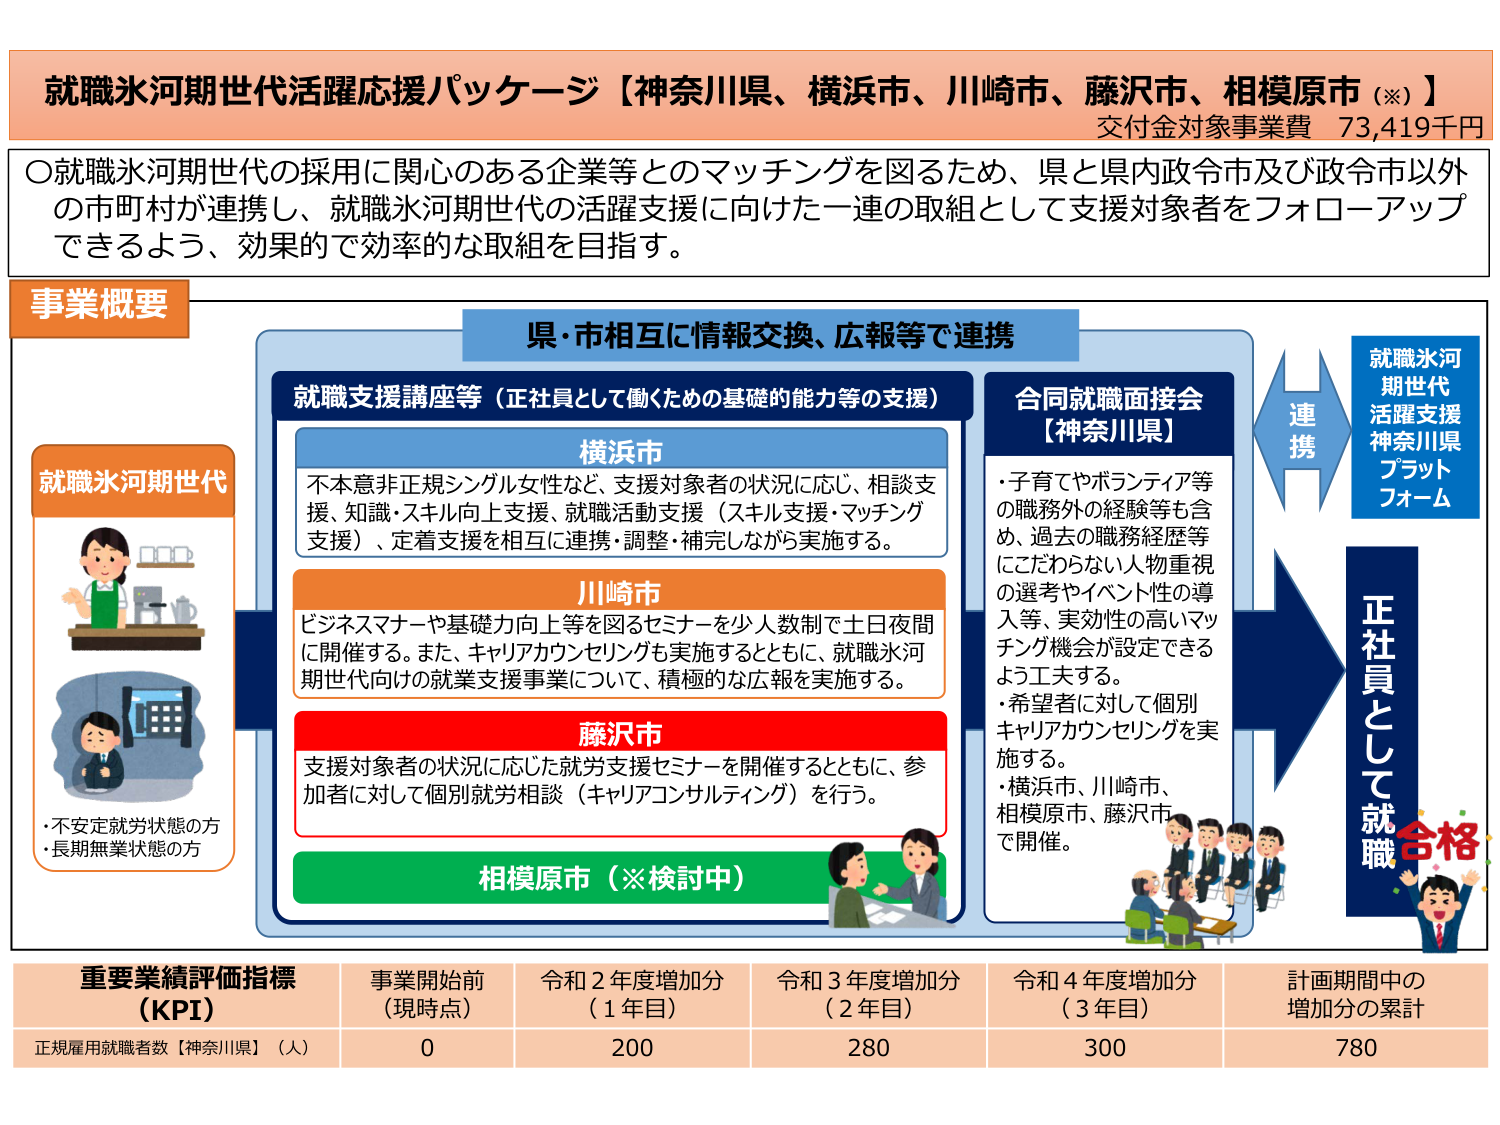
就職氷河期世代活躍応援パッケージ【神奈川県、横浜市、川崎市、藤沢市、相模原市（※）】
交付金対象事業費 73,419千円

〇就職氷河期世代の採用に関心のある企業等とのマッチングを図るため、県と県内政令市及び政令市以外の市町村が連携し、就職氷河期世代の活躍支援に向けた一連の取組として支援対象者をフォローアップできるよう、効果的で効率的な取組を目指す。

事業概要

県・市相互に情報交換、広報等で連携

就職支援講座等（正社員として働くための基礎的能力等の支援）

横浜市
不本意非正規シングル女性など、支援対象者の状況に応じ、相談支援、知識・スキル向上支援、就職活動支援（スキル支援・マッチング支援）、定着支援を相互に連携・調整・補完しながら実施する。

川崎市
ビジネスマナーや基礎力向上等を図るセミナーを少人数制で土日夜間に開催する。また、キャリアカウンセリングも実施するとともに、就職氷河期世代向けの就業支援事業について、積極的な広報を実施する。

藤沢市
支援対象者の状況に応じた就労支援セミナーを開催するとともに、参加者に対して個別就労相談（キャリアコンサルティング）を行う。

相模原市（※検討中）

合同就職面接会【神奈川県】
・子育てやボランティア等の職務外の経験等も含め、過去の職務経歴等にこだわらない人物重視の選考やイベント性の導入等、実効性の高いマッチング機会が設定できるよう工夫する。
・希望者に対して個別キャリアカウンセリングを実施する。
・横浜市、川崎市、相模原市、藤沢市で開催。

就職氷河期世代活躍支援神奈川県プラットフォーム

連携

正社員として就職
合格

就職氷河期世代
・不安定就労状態の方
・長期無業状態の方

重要業績評価指標（KPI）
事業開始前（現時点）　令和2年度増加分（1年目）　令和3年度増加分（2年目）　令和4年度増加分（3年目）　計画期間中の増加分の累計
正規雇用就職者数【神奈川県】（人）　0　200　280　300　780